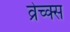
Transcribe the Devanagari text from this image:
व्रेच्क्स